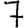
Digit: 7